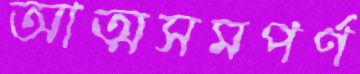
আত্মসমপর্ণ